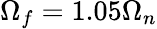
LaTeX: \Omega_{f}=1.05\Omega_{n}